Lunatic asylums Burma 1907-21 - 1907-1921
Year: 1907
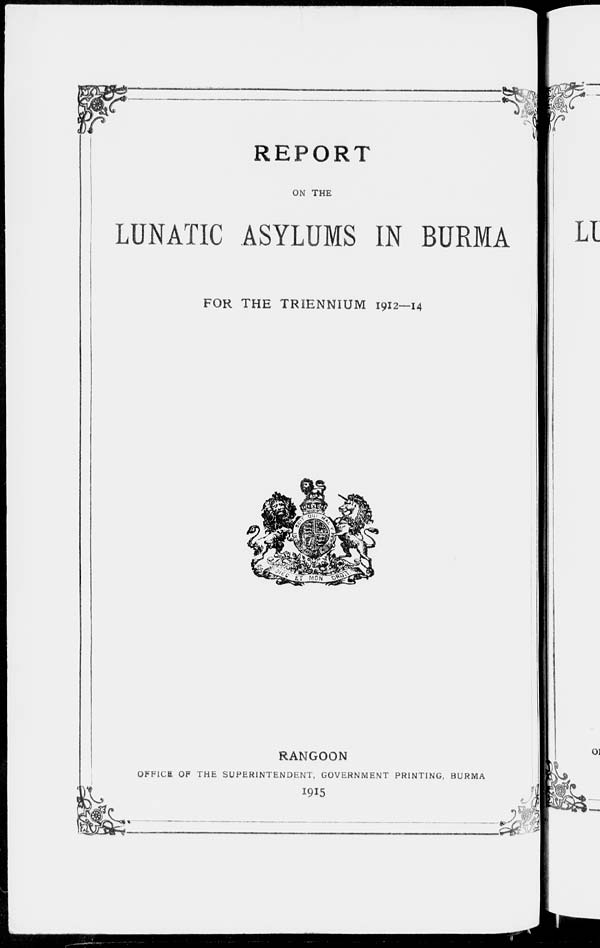
REPORT
ON THE
LUNATIC ASYLUMS IN BURMA
FOR THE TRIENNIUM 1912—14
RANGOON
OFFICE OF THE SUPERINTENDENT, GOVERNMENT PRINTING, BURMA
1915